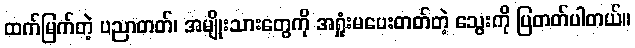
ထက်မြက်တဲ့ ပညာတတ်၊ အမျိုးသားတွေကို အရှုံးမပေးတတ်တဲ့ သွေးကို ပြတတ်ပါတယ်။